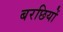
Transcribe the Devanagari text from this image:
बरछियों